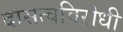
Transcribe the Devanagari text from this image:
दासत्वविरोधी